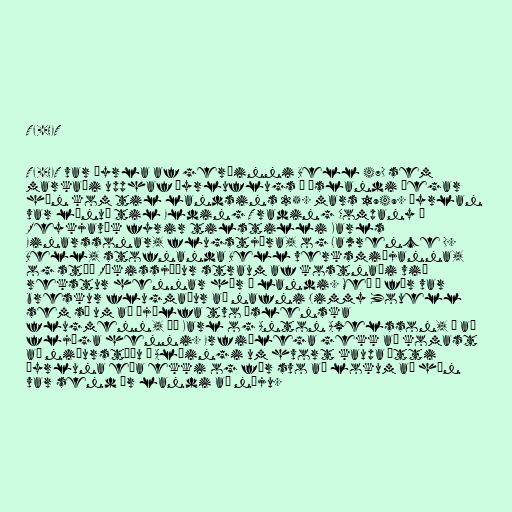
TF-HET

TF-HET var þyrla af gerðinni Bell 47D sem
markaði upphaf þyrluflugs á Íslandi þegar
hún kom til landsins 25. mars 1949. Þyrlan
var lánuð til Elding Trading Company í
Reykjavík fyrir tilstilli Karls
Einarssonar, flugstjóra, og Lawrence D.
Bell, stofnanda Bell verksmiðjanna,
og stóð Ríkissjóður straum af kostnaði við
rekstur hennar hér á landi. Með í för var
breskur flugmaður að nafni Jimmy Youell
sem sá um að þjálfa tvo íslenska
flugmenn, þá Karl og Anton Axelsson, í að
fljúga henni. Erfiðlega gekk að komast
að niðurstöðu á Alþingi um hvort kaupa ætti
þyrluna eða ekki og fór svo að lokum að hún
var send úr landi að nýju.